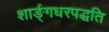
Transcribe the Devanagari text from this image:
शार्ङ्गधरपद्धति